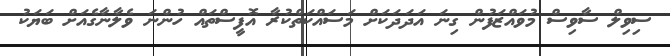
ސިވިލް ސާވިސް މުވައްޒަފުން ގިނަ އަދަދަކަށް މަސައްކަތްކުރާ އޮފީސްތައް ހުންނަ ވެލާނާގެއަށް ބަޔަކު